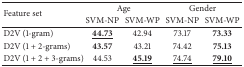
<table><thead><tr><td rowspan="2"><b>Feature set </b></td><td colspan="2"><b>Age</b></td><td colspan="2"><b>Gender</b></td></tr><tr><td><b>SVM-NP</b></td><td><b>SVM-WP</b></td><td><b>SVM-NP</b></td><td><b>SVM-WP</b></td></tr></thead><tbody><tr><td> D2V (1-gram) </td><td><b><underline>44.73</underline></b></td><td>42.94</td><td>73.17</td><td><b>73.33</b></td></tr><tr><td>D2V (1 + 2-grams) </td><td><b>43.57</b></td><td>43.21</td><td>74.42</td><td><b>75.13</b></td></tr><tr><td>D2V (1 + 2 + 3-grams) </td><td>44.53</td><td><b><underline>45.19</underline></b></td><td><underline>74.74</underline></td><td><b><underline>79.10</underline></b></td></tr></tbody></table>